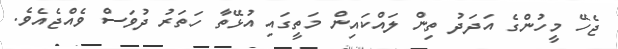
ޖެހޭ މީހުންގެ އަދަދު ތިން ލައްކައިން މަތީގައި އުޅޭތާ ހަތަރު ދުވަސް ވެއްޖެއެވެ.